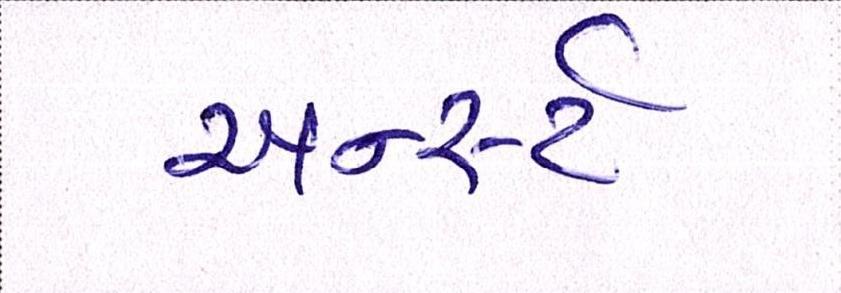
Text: અર્ન્સ્ટ